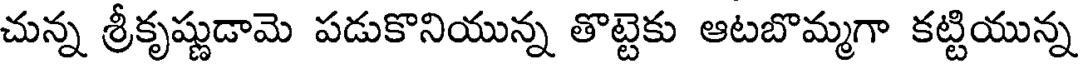
చున్న శ్రీకృష్ణుడామె పడుకొనియున్న తొట్టెకు ఆటబొమ్మగా కట్టియున్న